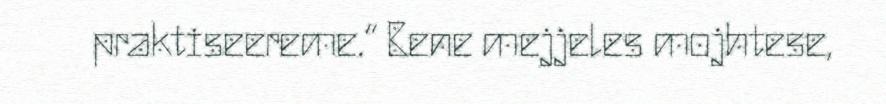
praktiseereme.“ Bene mejjeles mojhtese,